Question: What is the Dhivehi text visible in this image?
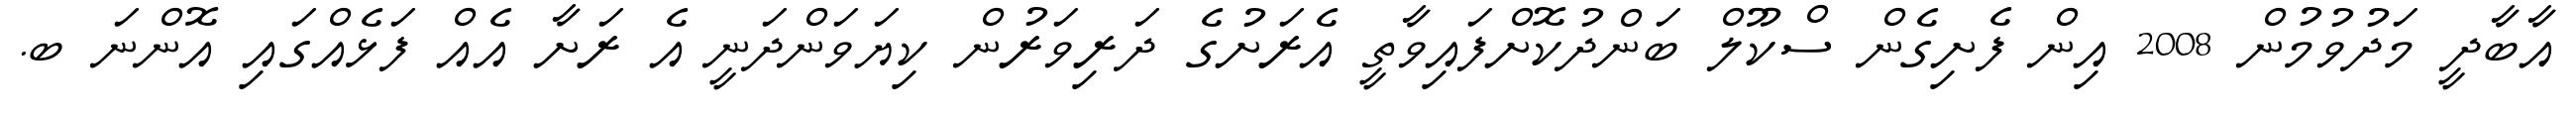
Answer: އާބާދީ މަދުވުމުން 2008 އިން ފެށިގެން ސްކޫލް ބަންދުކޮށްފައިވާތީ އެރަށުގެ ދަރިވަރުން ކިޔަވަންދަނީ އެ ރަށާ އެއް ފަޅެއްގައި އޮންނަ ބ.